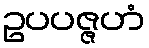
ဥပပဇ္ဇဟံ